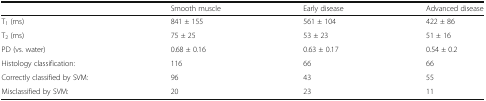
<table><thead><tr><td></td><td><b>Smooth muscle</b></td><td><b>Early disease</b></td><td><b>Advanced disease</b></td></tr></thead><tbody><tr><td>T<sub>1</sub> (ms)</td><td>841 ± 155</td><td>561 ± 104</td><td>422 ± 86</td></tr><tr><td>T<sub>2</sub> (ms)</td><td>75 ± 25</td><td>53 ± 23</td><td>51 ± 16</td></tr><tr><td>PD (vs. water)</td><td>0.68 ± 0.16</td><td>0.63 ± 0.17</td><td>0.54 ± 0.2</td></tr><tr><td>Histology classification:</td><td>116</td><td>66</td><td>66</td></tr><tr><td>Correctly classified by SVM:</td><td>96</td><td>43</td><td>55</td></tr><tr><td>Misclassified by SVM:</td><td>20</td><td>23</td><td>11</td></tr></tbody></table>